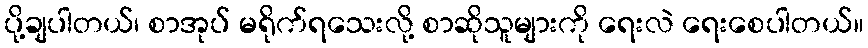
ပို့ချပါတယ်၊ စာအုပ် မရိုက်ရသေးလို့ စာဆိုသူများကို ရေးလဲ ရေးစေပါတယ်။